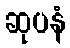
ဆုပနံ